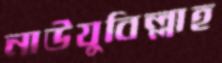
নাউযুবিল্লাহ